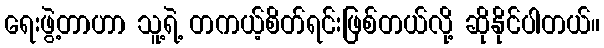
ရေးဖွဲ့တာဟာ သူ့ရဲ့ တကယ့်စိတ်ရင်းဖြစ်တယ်လို့ ဆိုနိုင်ပါတယ်။